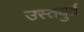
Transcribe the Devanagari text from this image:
उस्तयुर्त